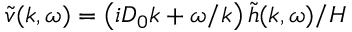
\tilde { v } ( k , \omega ) = \left( i D _ { 0 } k + \omega / k \right) \tilde { h } ( k , \omega ) / H